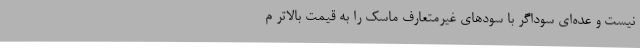
نیست و عده‌ای سوداگر با سودهای غیرمتعارف ماسک را به قیمت بالاتر م